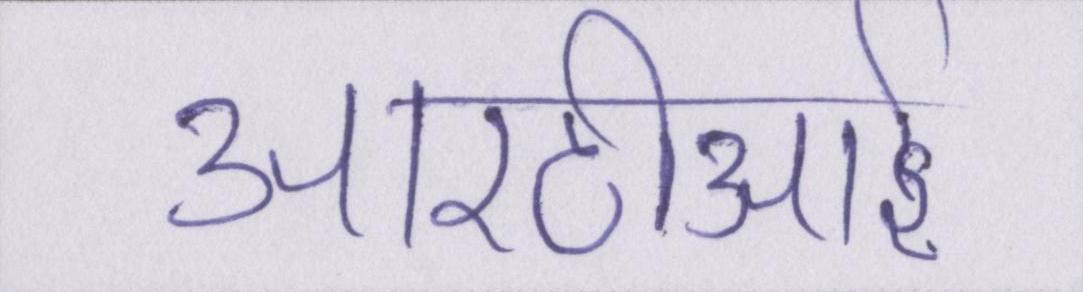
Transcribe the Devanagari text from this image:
आरटीआई